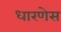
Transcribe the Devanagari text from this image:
धारणेस